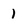
Character: 1